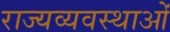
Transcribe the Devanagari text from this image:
राज्यव्यवस्थाओं